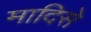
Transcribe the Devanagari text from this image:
मादिसे